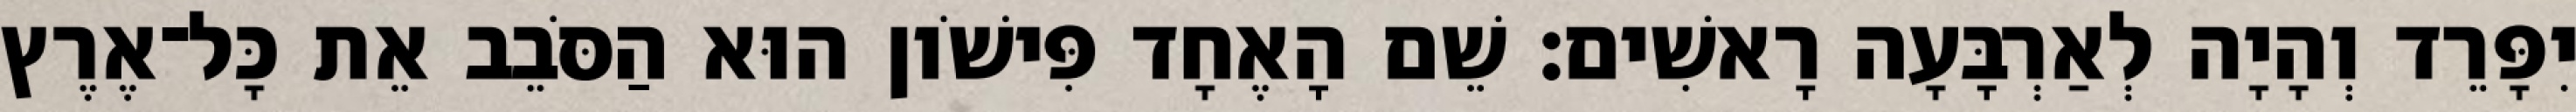
יִפָּרֵד וְהָיָה לְאַרְבָּעָה רָאשִׁים׃ שֵׁם הָאֶחָד פִּישֹׁון הוּא הַסֹּבֵב אֵת כָּל־אֶרֶץ